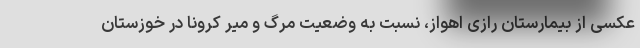
عکسی از بیمارستان رازی اهواز، نسبت به وضعیت مرگ و میر کرونا در خوزستان